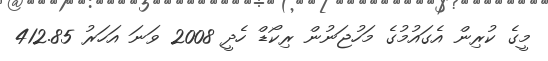
މީގެ ކުރިން އެގައުމުގެ މަހުޖަނުން ރިކޯޑް ހެދީ 2008 ވަނަ އަހަރު 412.85